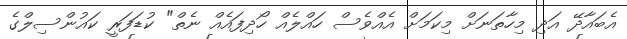
އެބައާދޭ އަދި މިހާތަނަށް މިކަމަށް އެއްވެސް ހައްލެއް ހޯދިފައެއް ނެތް" ކުޑަފަރީ ކައުންސިލްގެ